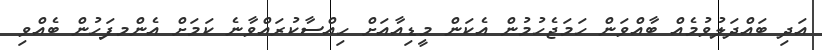
އަދި ބައްދަލުވުމެއް ބާއްވަން ހަމަޖެހުމުން އެކަން މީޑިއާއަށް ހިއްސާކުރައްވާނެ ކަމަށް އެންމފަހުން ބެއްވި